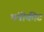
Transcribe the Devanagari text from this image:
भंगीकीट